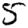
Digit: 5